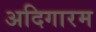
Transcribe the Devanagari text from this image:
अदिगारम